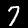
Label: 7